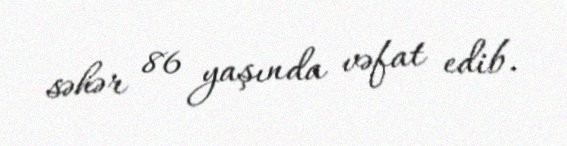
səhər 86 yaşında vəfat edib.